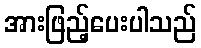
အားဖြည့်ပေးပါသည်